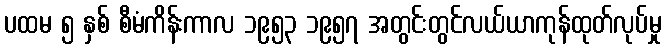
ပထမ ၅ နှစ် စီမံကိန်းကာလ ၁၉၅၃ ၁၉၅၇ အတွင်းတွင်လယ်ယာကုန်ထုတ်လုပ်မှု